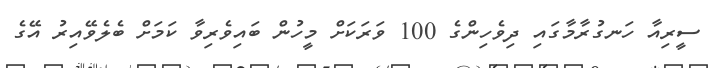
ސީރިއާ ހަނގުރާމާގައި ދިވެހިންގެ 100 ވަރަކަށް މީހުން ބައިވެރިވާ ކަމަށް ބެލެވޭއިރު އޭގެ